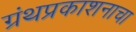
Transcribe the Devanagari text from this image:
ग्रंथप्रकाशनाचा